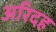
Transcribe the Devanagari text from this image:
अरिदह